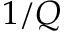
1 / Q